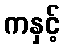
ကနှင့်